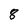
Character: 8